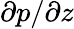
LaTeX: \partial p/\partial z